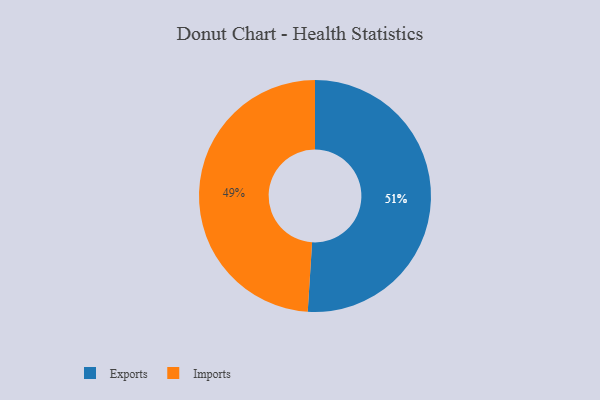
{"axis": {"x": "Category", "y": "Percentage"}, "legend": ["Exports", "Imports"], "data": [{"x": "Exports", "y": 51, "type": "Exports"}, {"x": "Imports", "y": 49, "type": "Imports"}]}